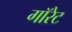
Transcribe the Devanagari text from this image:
गॉरेट